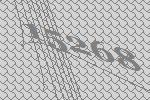
15268